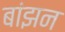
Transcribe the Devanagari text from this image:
बांझन